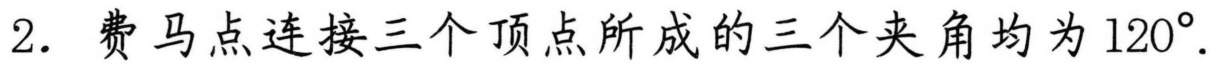
2. 费马点连接三个顶点所成的三个夹角均为\(120^{\circ}\).